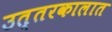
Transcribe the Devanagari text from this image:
उत्तरकालात